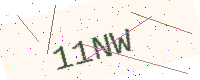
Text: 11NW